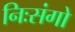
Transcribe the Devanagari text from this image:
निःसंगो